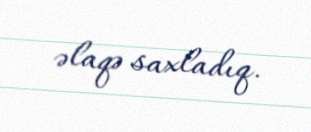
əlaqə saxladıq.